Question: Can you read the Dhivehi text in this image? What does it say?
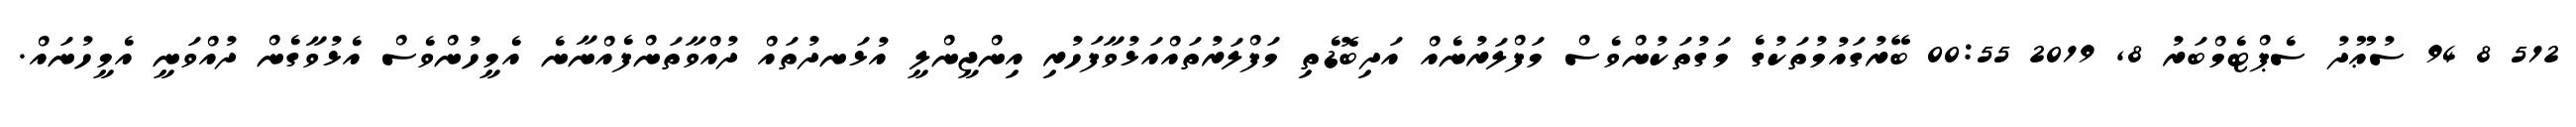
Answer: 512 8 94 ސުޢޫދު ސެޕްޓެމްބަރު 8, 2019 00:55 ބޭރުގައުމުތަކުގެ މަގުތަކުންވެސް މަފްލަރުނެއް އަދިބޮޑެތި މަފްލަރުތައްއަޅުވާފަހުރި އިންޖީންލީ އުޅަނދުތައް ދުއްވާތަންފެއްނާނެ އެމީހުންވެސް އެޅުވާގެން ދުއްވަނީ އެމީހުނައް.